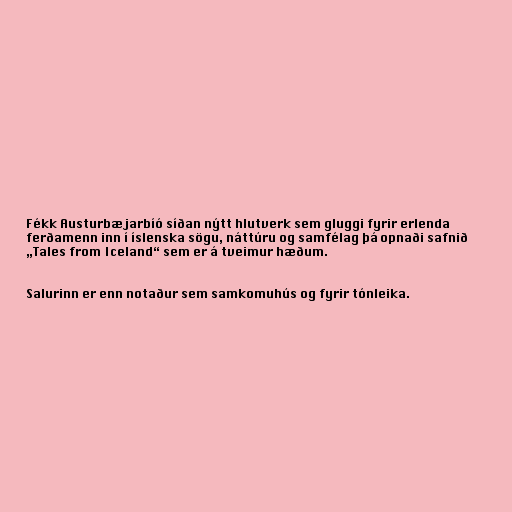
Fékk Aust­ur­bæj­ar­bíó síðan nýtt hlut­verk sem gluggi fyr­ir er­lenda
ferðamenn inn í ís­lenska sögu, nátt­úru og sam­fé­lag þá opnaði safnið
„Tales from Ice­land“ sem er á tveimur hæðum.

Salurinn er enn notaður sem samkomuhús og fyrir tónleika.